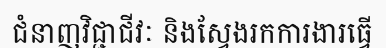
ជំនាញវិជ្ជាជីវៈ និងស្វែងរកការងារធ្វើ